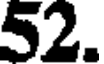
52.